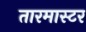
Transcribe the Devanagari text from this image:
तारमास्टर